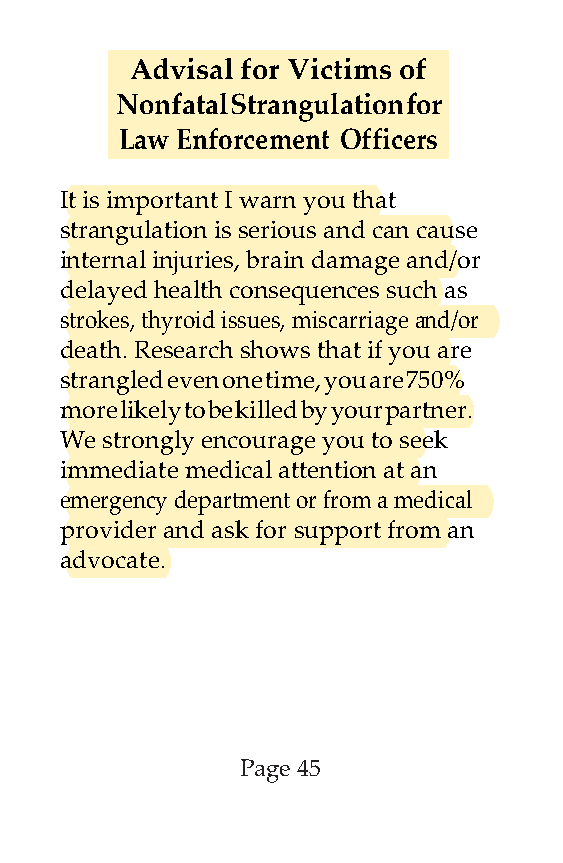
Advisal for Victims of
 Nonfatal Strangulation for
 Law Enforcement Officers
 It is important I warn you that
 strangulation is serious and can cause
 internal injuries, brain damage and/or
 delayed health consequences such as
 strokes, thyroid issues, miscarriage and/or
 death. Research shows that if you are
 strangled even one time, you are 750%
 more likely to be killed by your partner.
 We strongly encourage you to seek
 immediate medical attention at an
 emergency department or from a medical
 provider and ask for support from an
 advocate.
 Page 45